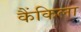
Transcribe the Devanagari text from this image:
कैंकिला